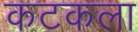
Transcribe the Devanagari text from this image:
कटकला